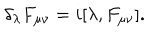
LaTeX: \delta _ { \lambda } F _ { \mu \nu } = i [ \lambda , F _ { \mu \nu } ] .